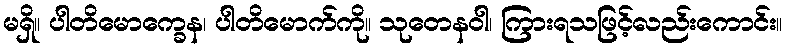
မရှိ။ ပါတိမောက္ခေန၊ ပါတိမောက်ကို။ သုတေနဝါ၊ ကြားရသဖြင့်လည်းကောင်း။